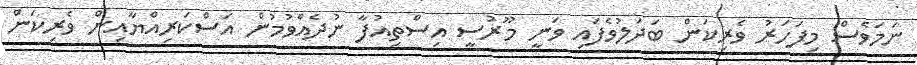
ނަމަވެސް މިފަހަރު ވެރިކަން ބަދަލުވެފައި ވަނީ މޫރުސީ އިސްތިއުފާ ނުދެއްވުމުން އަސްކަރިއްޔާއިން ވެރިކަން